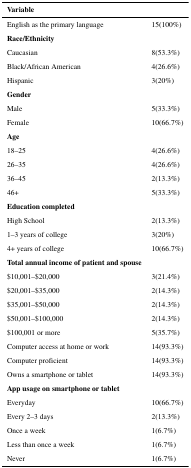
<table><thead><tr><td><b>Variable</b></td><td></td></tr></thead><tbody><tr><td>English as the primary language</td><td>15(100%)</td></tr><tr><td colspan="2"><b>Race/Ethnicity</b></td></tr><tr><td>Caucasian</td><td>8(53.3%)</td></tr><tr><td>Black/African American</td><td>4(26.6%)</td></tr><tr><td>Hispanic</td><td>3(20%)</td></tr><tr><td colspan="2"><b>Gender</b></td></tr><tr><td>Male</td><td>5(33.3%)</td></tr><tr><td>Female</td><td>10(66.7%)</td></tr><tr><td colspan="2"><b>Age</b></td></tr><tr><td>18–25</td><td>4(26.6%)</td></tr><tr><td>26–35</td><td>4(26.6%)</td></tr><tr><td>36–45</td><td>2(13.3%)</td></tr><tr><td>46+</td><td>5(33.3%)</td></tr><tr><td colspan="2"><b>Education completed</b></td></tr><tr><td>High School</td><td>2(13.3%)</td></tr><tr><td>1–3 years of college</td><td>3(20%)</td></tr><tr><td>4+ years of college</td><td>10(66.7%)</td></tr><tr><td><b>Total annual income of patient and spouse</b></td><td></td></tr><tr><td>$10,001–$20,000</td><td>3(21.4%)</td></tr><tr><td>$20,001–$35,000</td><td>2(14.3%)</td></tr><tr><td>$35,001–$50,000</td><td>2(14.3%)</td></tr><tr><td>$50,001–$100,000</td><td>2(14.3%)</td></tr><tr><td>$100,001 or more</td><td>5(35.7%)</td></tr><tr><td>Computer access at home or work</td><td>14(93.3%)</td></tr><tr><td>Computer proficient</td><td>14(93.3%)</td></tr><tr><td>Owns a smartphone or tablet</td><td>14(93.3%)</td></tr><tr><td colspan="2"><b>App usage on smartphone or tablet</b></td></tr><tr><td>Everyday</td><td>10(66.7%)</td></tr><tr><td>Every 2–3 days</td><td>2(13.3%)</td></tr><tr><td>Once a week</td><td>1(6.7%)</td></tr><tr><td>Less than once a week</td><td>1(6.7%)</td></tr><tr><td>Never</td><td>1(6.7%)</td></tr></tbody></table>